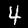
Digit: 4